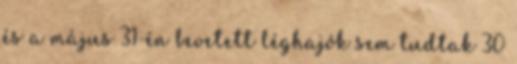
és a május 31-én bevetett léghajók sem tudtak 30